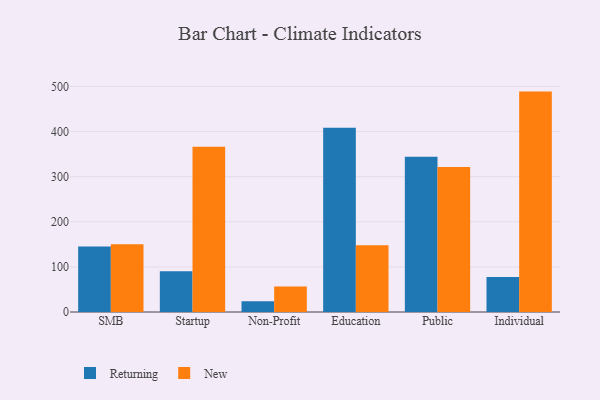
{"axis": {"x": "Segment", "y": "Backlog"}, "legend": ["New", "Returning"], "data": [{"x": "SMB", "y": 145.3, "type": "Returning"}, {"x": "SMB", "y": 150.5, "type": "New"}, {"x": "Startup", "y": 90.1, "type": "Returning"}, {"x": "Startup", "y": 366.4, "type": "New"}, {"x": "Non-Profit", "y": 23.6, "type": "Returning"}, {"x": "Non-Profit", "y": 56.3, "type": "New"}, {"x": "Education", "y": 408.4, "type": "Returning"}, {"x": "Education", "y": 147.9, "type": "New"}, {"x": "Public", "y": 344.0, "type": "Returning"}, {"x": "Public", "y": 321.7, "type": "New"}, {"x": "Individual", "y": 77.6, "type": "Returning"}, {"x": "Individual", "y": 488.7, "type": "New"}]}